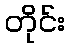
တိုင်း